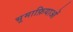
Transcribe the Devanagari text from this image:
भूमाफ़ियाओं